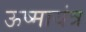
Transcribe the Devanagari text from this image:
ऊष्मायंत्र